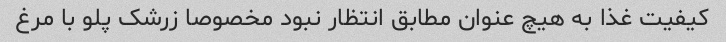
کیفیت غذا به هیچ عنوان مطابق انتظار نبود مخصوصا زرشک پلو با مرغ